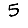
Digit: 5